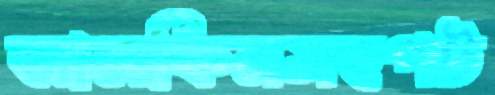
আলফিনসহপট